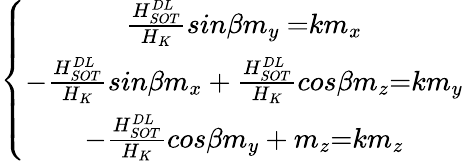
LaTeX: \left\{ \begin{array}{c}{\frac{H_{SOT}^{DL}}{H_{K}}{{sin}\beta m_{y}\ }{=}km_{x}}\\ {-\frac{H_{SOT}^{DL}}{H_{K}}{sin}\beta m_{x}+\frac{H_{SOT}^{DL}}{H_{K}}{cos}\beta m_{z}{=}km_{y}}\\ {-\frac{H_{SOT}^{DL}}{H_{K}}{cos}\beta m_{y}+m_{z}{=}km_{z}}\end{array}\right.